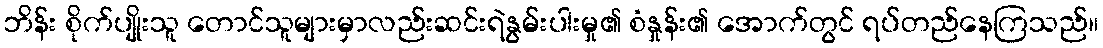
ဘိန်း စိုက်ပျိုးသူ တောင်သူများမှာလည်းဆင်းရဲနွမ်းပါးမှု၏ စံနှုန်း၏ အောက်တွင် ရပ်တည်နေကြသည်။